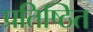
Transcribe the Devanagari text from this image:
प्रतिष्ठित